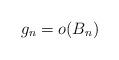
LaTeX: \begin{align*} g_n=o(B_n)\end{align*}